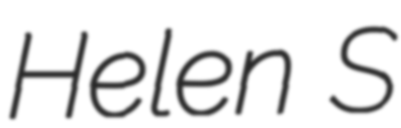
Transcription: Helen S